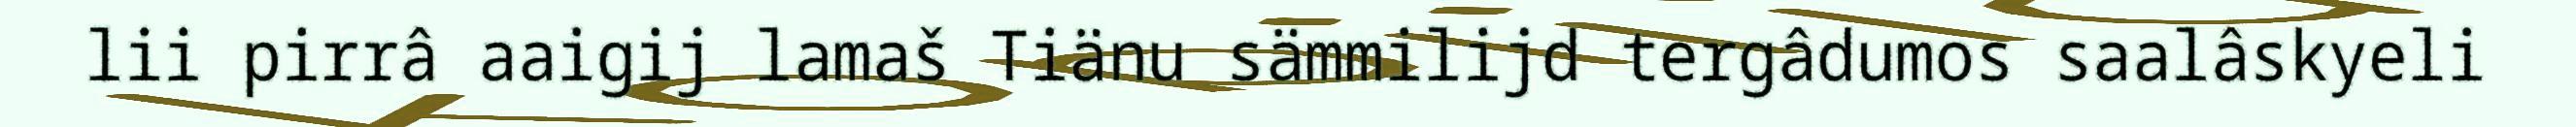
lii pirrâ aaigij lamaš Tiänu sämmilijd tergâdumos saalâskyeli